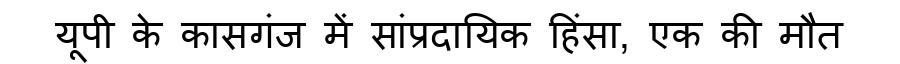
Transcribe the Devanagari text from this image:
यूपी के कासगंज में सांप्रदायिक हिंसा, एक की मौत